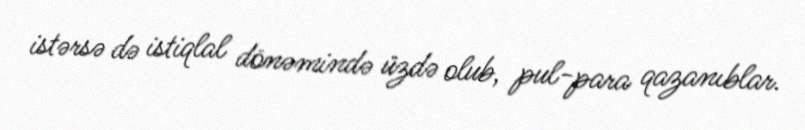
istərsə də istiqlal dönəmində üzdə olub, pul-para qazanıblar.